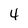
Character: 4